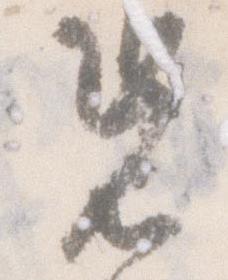
況